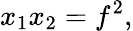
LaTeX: x_{1}x_{2}=f^{2},